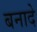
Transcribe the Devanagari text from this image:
बनादे